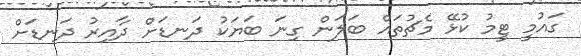
ގައުމީ ޓީމު ކުޅޭ މެޗުތައް ބަލަން ގިނަ ބަޔަކު ދަނޑަށް ދާއިރު ދަނޑަށް